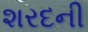
શરદની